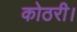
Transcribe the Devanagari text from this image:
कोठरी।